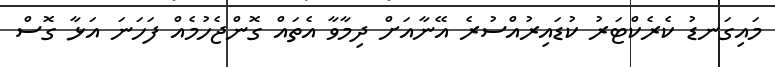
މައިގަނޑު ކެރެކްޓަރު ކުޑައިރުއްސުރެ އޭނާއަށް ދިމާވާ އެތައް ގޮންޖެހުމެއް ފަހަނަ އަޅާ ގޮސް